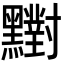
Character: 𪒶